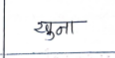
मजकूर: खुना